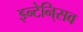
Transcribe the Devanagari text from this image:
इन्टेनि्सव